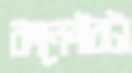
কানেক্টরটা